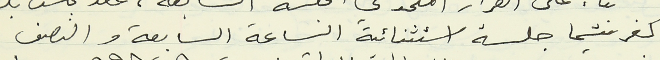
كفرشيما جلسة استثنائية الساعة السابعة والنصف